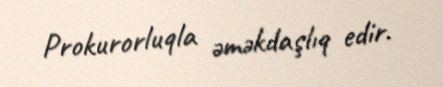
Prokurorluqla əməkdaşlıq edir.